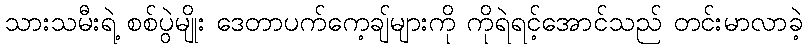
သားသမီးရဲ့ စစ်ပွဲမျိုး ဒေတာပက်ကေ့ချ်များကို ကိုရဲရင့်အောင်သည် တင်းမာလာခဲ့